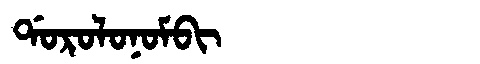
Manchu: ᡩᠣᡵᠣᠯᠣᠨᠣᠮᠪᡳ
Romanization: DOROLONOMBI